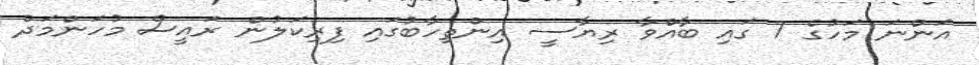
އަންނަ މަހުގެ 7 ގައި ބާއްވާ ރިޔާސީ އިންތިހާބުގައި ފިރިކަލުން ރައީސް މުހަންމަދު